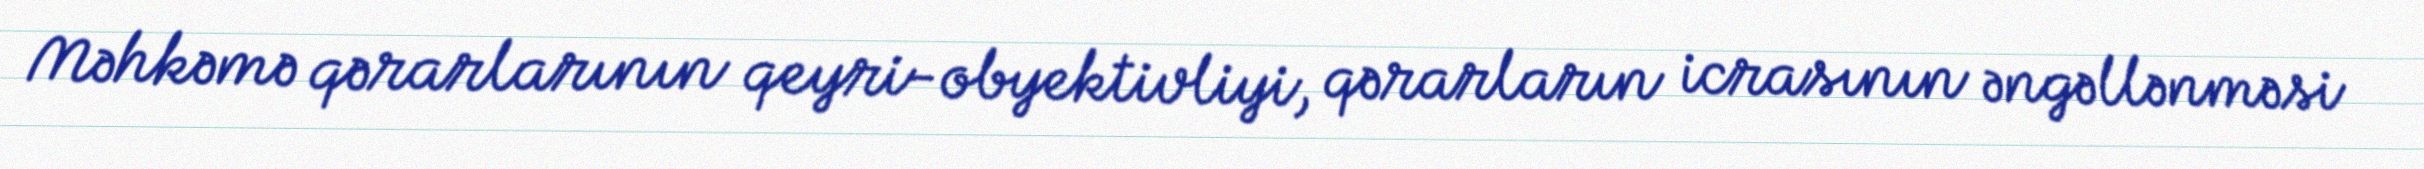
Məhkəmə qərarlarının qeyri-obyektivliyi, qərarların icrasının əngəllənməsi